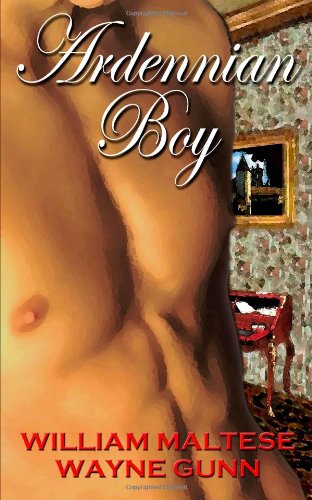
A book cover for Ardennian Boy; William Maltese; Romance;